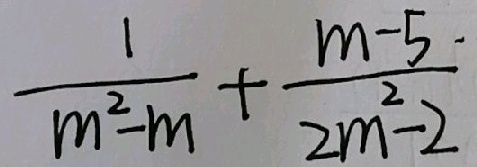
\frac { 1 } { m ^ { 2 } - m } + \frac { m - 5 } { 2 m ^ { 2 } - 2 }